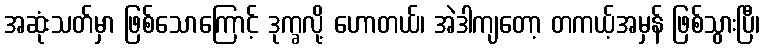
အဆုံးသတ်မှာ ဖြစ်သောကြောင့် ဒုက္ခလို့ ဟောတယ်၊ အဲဒါကျတော့ တကယ့်အမှန် ဖြစ်သွားပြီ၊